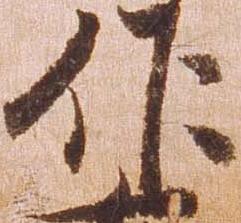
作